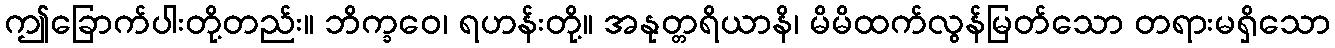
ဤခြောက်ပါးတို့တည်း။ ဘိက္ခဝေ၊ ရဟန်းတို့။ အနုတ္တရိယာနိ၊ မိမိထက်လွန်မြတ်သော တရားမရှိသော